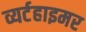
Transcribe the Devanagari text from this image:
व्यर्टहाइमर